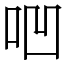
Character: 𠱃